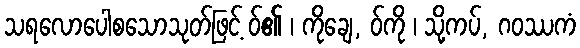
သရလောပေါစသောသုတ်ဖြင့် ဝ်၏ ၊ ကိုချေ, ဝ်ကို ၊ သို့ကပ်, ဂဝဿကံ